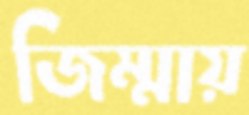
জিম্মায়